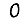
Digit: 0